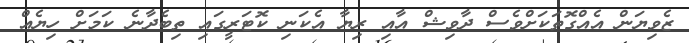
ޒެވިޔަން އެއްގޮތަކަށްވެސް ދާވިޝް އާއި ރިޔާ އެކަނި ކޮޓަރީގައި ތިބެދާނެ ކަމަށް ހިޔެއް